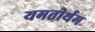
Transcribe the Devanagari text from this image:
यमतीर्थम